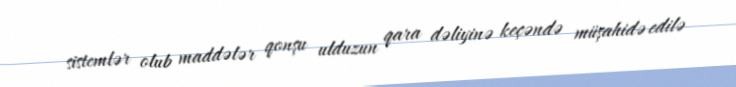
sistemlər olub maddələr qonşu ulduzun qara dəliyinə keçəndə müşahidə edilə